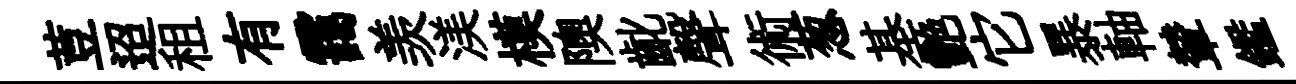
荳迢租有靄羡渼模隩齔聲術葱基艷它暴軸輦鑑